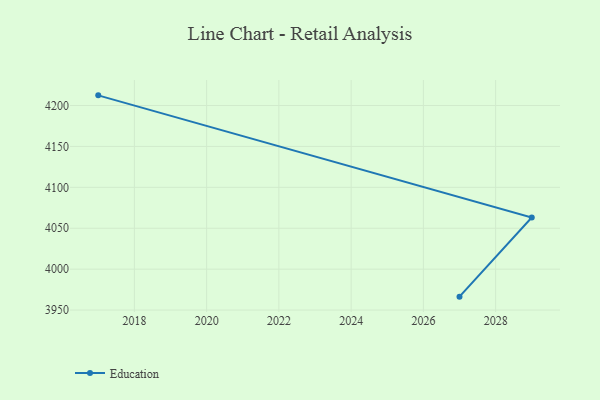
{"axis": {"x": "Year", "y": "Production Output"}, "legend": ["Education"], "data": [{"x": "2027", "y": 3966.4, "type": "Education"}, {"x": "2029", "y": 4063.1, "type": "Education"}, {"x": "2017", "y": 4212.4, "type": "Education"}]}